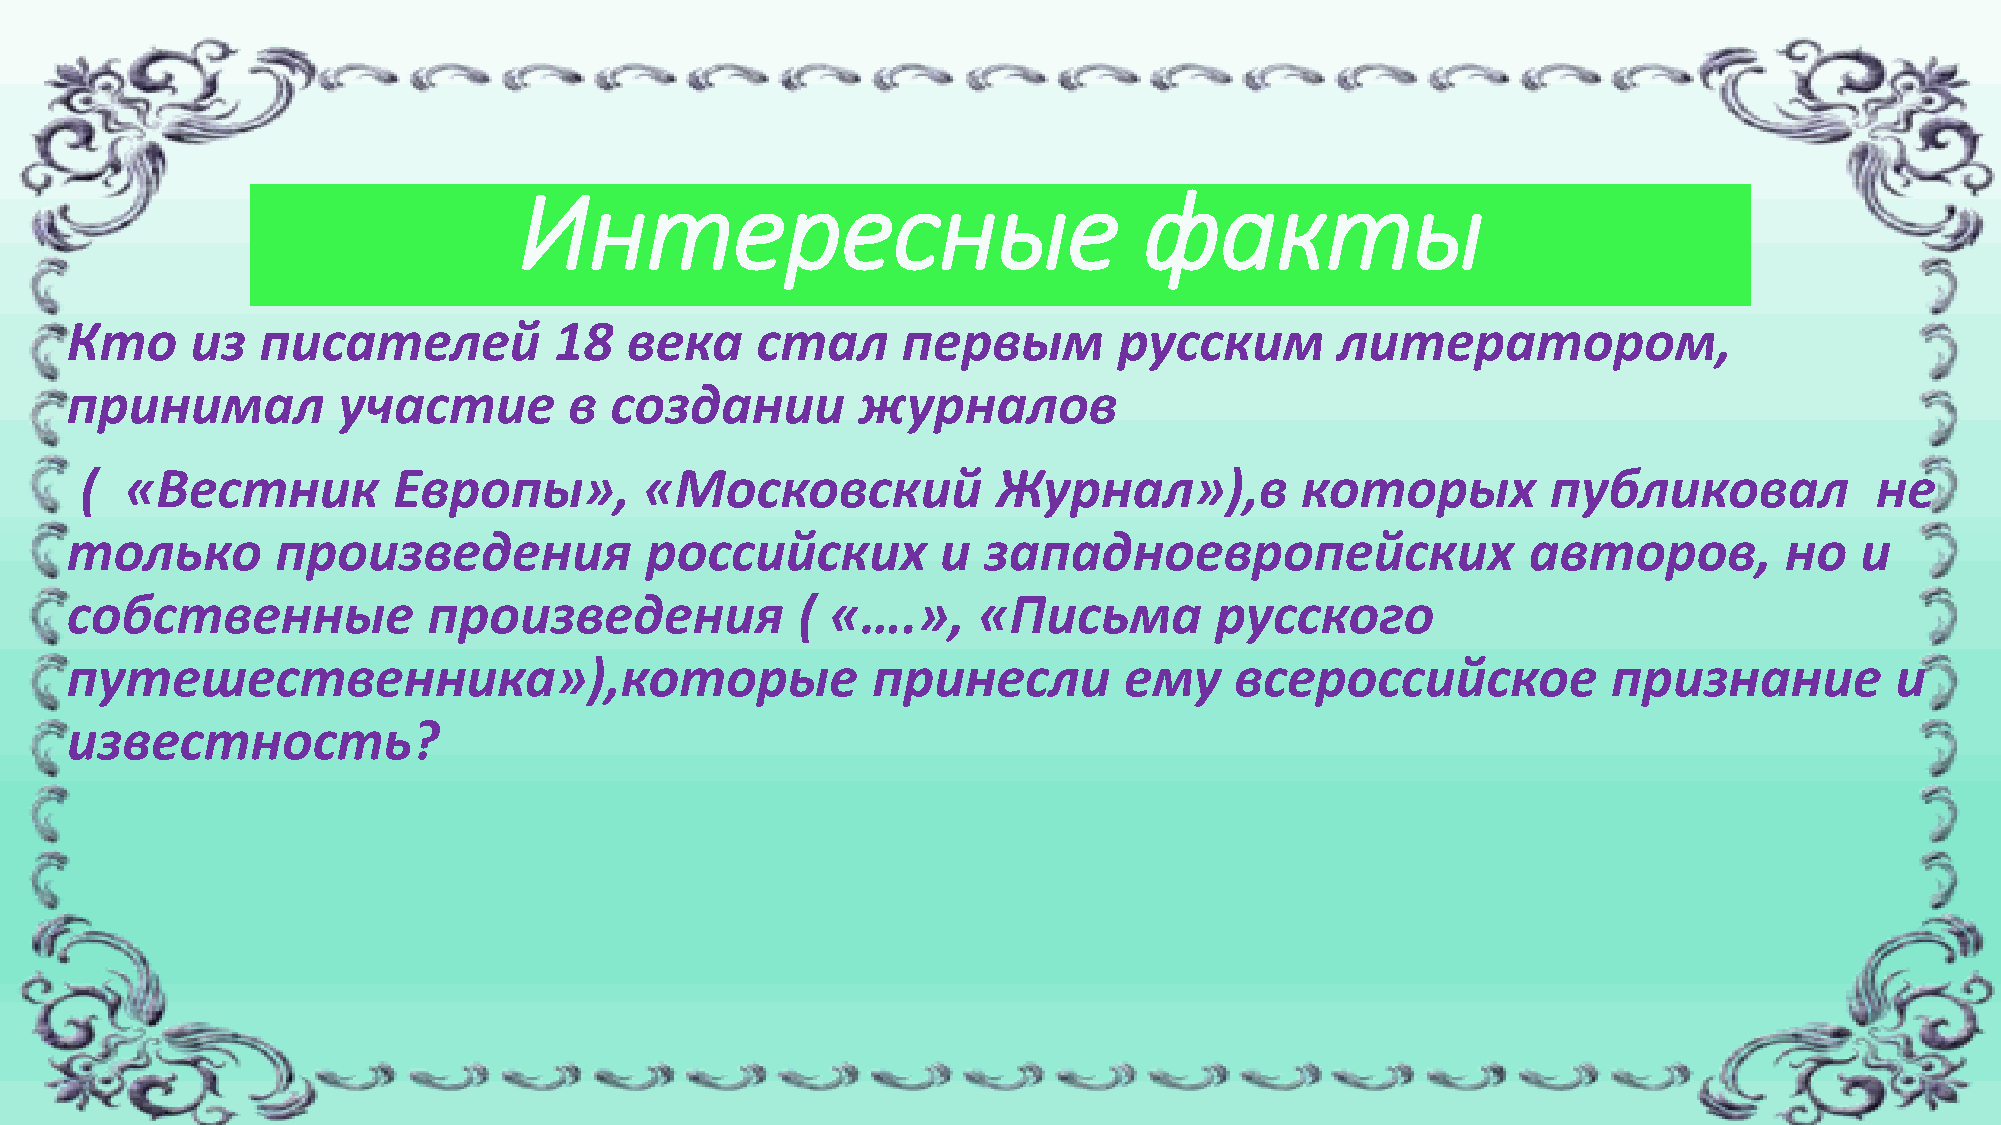
Интересные                                факты
 Кто      из  писателей           18  века     стал      первым        русским        литератором,
 принимал          участие         в создании         журналов
 (  «Вестник          Европы»,         «Московский            Журнал»),в          которых          публиковал           не
 только        произведения             российских         и  западноевропейских                  авторов,         но   и
 собственные             произведения             ( «….»,     «Письма        русского
 путешественника»),которые                             принесли        ему     всероссийское            признание         и
 известность?